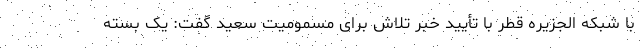
با شبکه الجزیره قطر با تأیید خبر تلاش برای مسمومیت سعید گفت: یک بسته